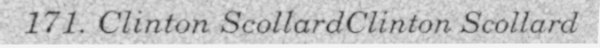
171. Clinton ScollardClinton Scollard